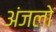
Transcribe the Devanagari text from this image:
अंजलो